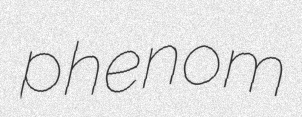
phenom